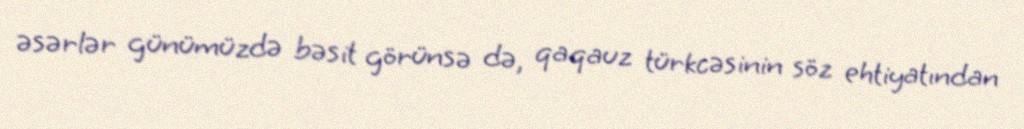
əsərlər günümüzdə bəsit görünsə də, qaqauz türkcəsinin söz ehtiyatından